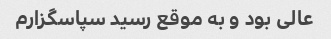
عالی بود و به موقع رسید سپاسگزارم